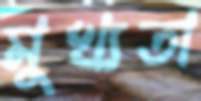
মুখ্যতা